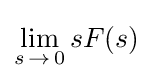
\lim _{s\,\to \,0}{sF(s)}